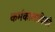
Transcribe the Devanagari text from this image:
कर्मकालादिकों